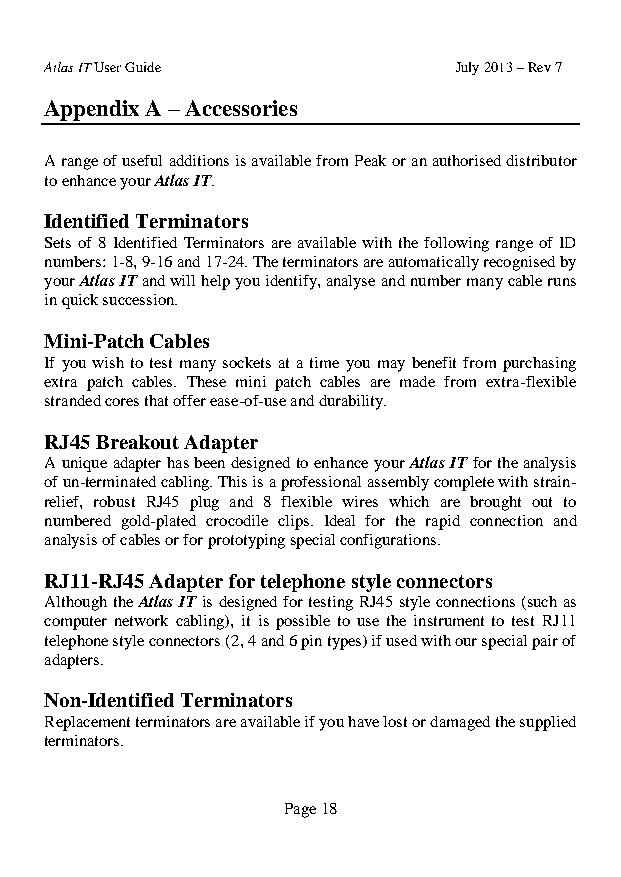
Atlas IT User Guide        July 2013 – Rev 7
 Appendix A – Accessories
 A range of useful additions is available from Peak or an authorised distributor
 to enhance your Atlas IT.
 Identified Terminators
 Sets of 8 Identified Terminators are available with the following range of ID
 numbers: 1-8, 9-16 and 17-24. The terminators are automatically recognised by
 your Atlas IT and will help you identify, analyse and number many cable runs
 in quick succession.
 Mini-Patch Cables
 If you wish to test many sockets at a time you may benefit from purchasing
 extra patch cables. These mini patch cables are made from extra-flexible
 stranded cores that offer ease-of-use and durability.
 RJ45 Breakout Adapter
 A unique adapter has been designed to enhance your Atlas IT for the analysis
 of un-terminated cabling. This is a professional assembly complete with strain-
 relief, robust RJ45 plug and 8 flexible wires which are brought out to
 numbered gold-plated crocodile clips. Ideal for the rapid connection and
 analysis of cables or for prototyping special configurations.
 RJ11-RJ45 Adapter for telephone style connectors
 Although the Atlas IT is designed for testing RJ45 style connections (such as
 computer network cabling), it is possible to use the instrument to test RJ11
 telephone style connectors (2, 4 and 6 pin types) if used with our special pair of
 adapters.
 Non-Identified Terminators
 Replacement terminators are available if you have lost or damaged the supplied
 terminators.
 Page 18